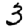
Digit: 3